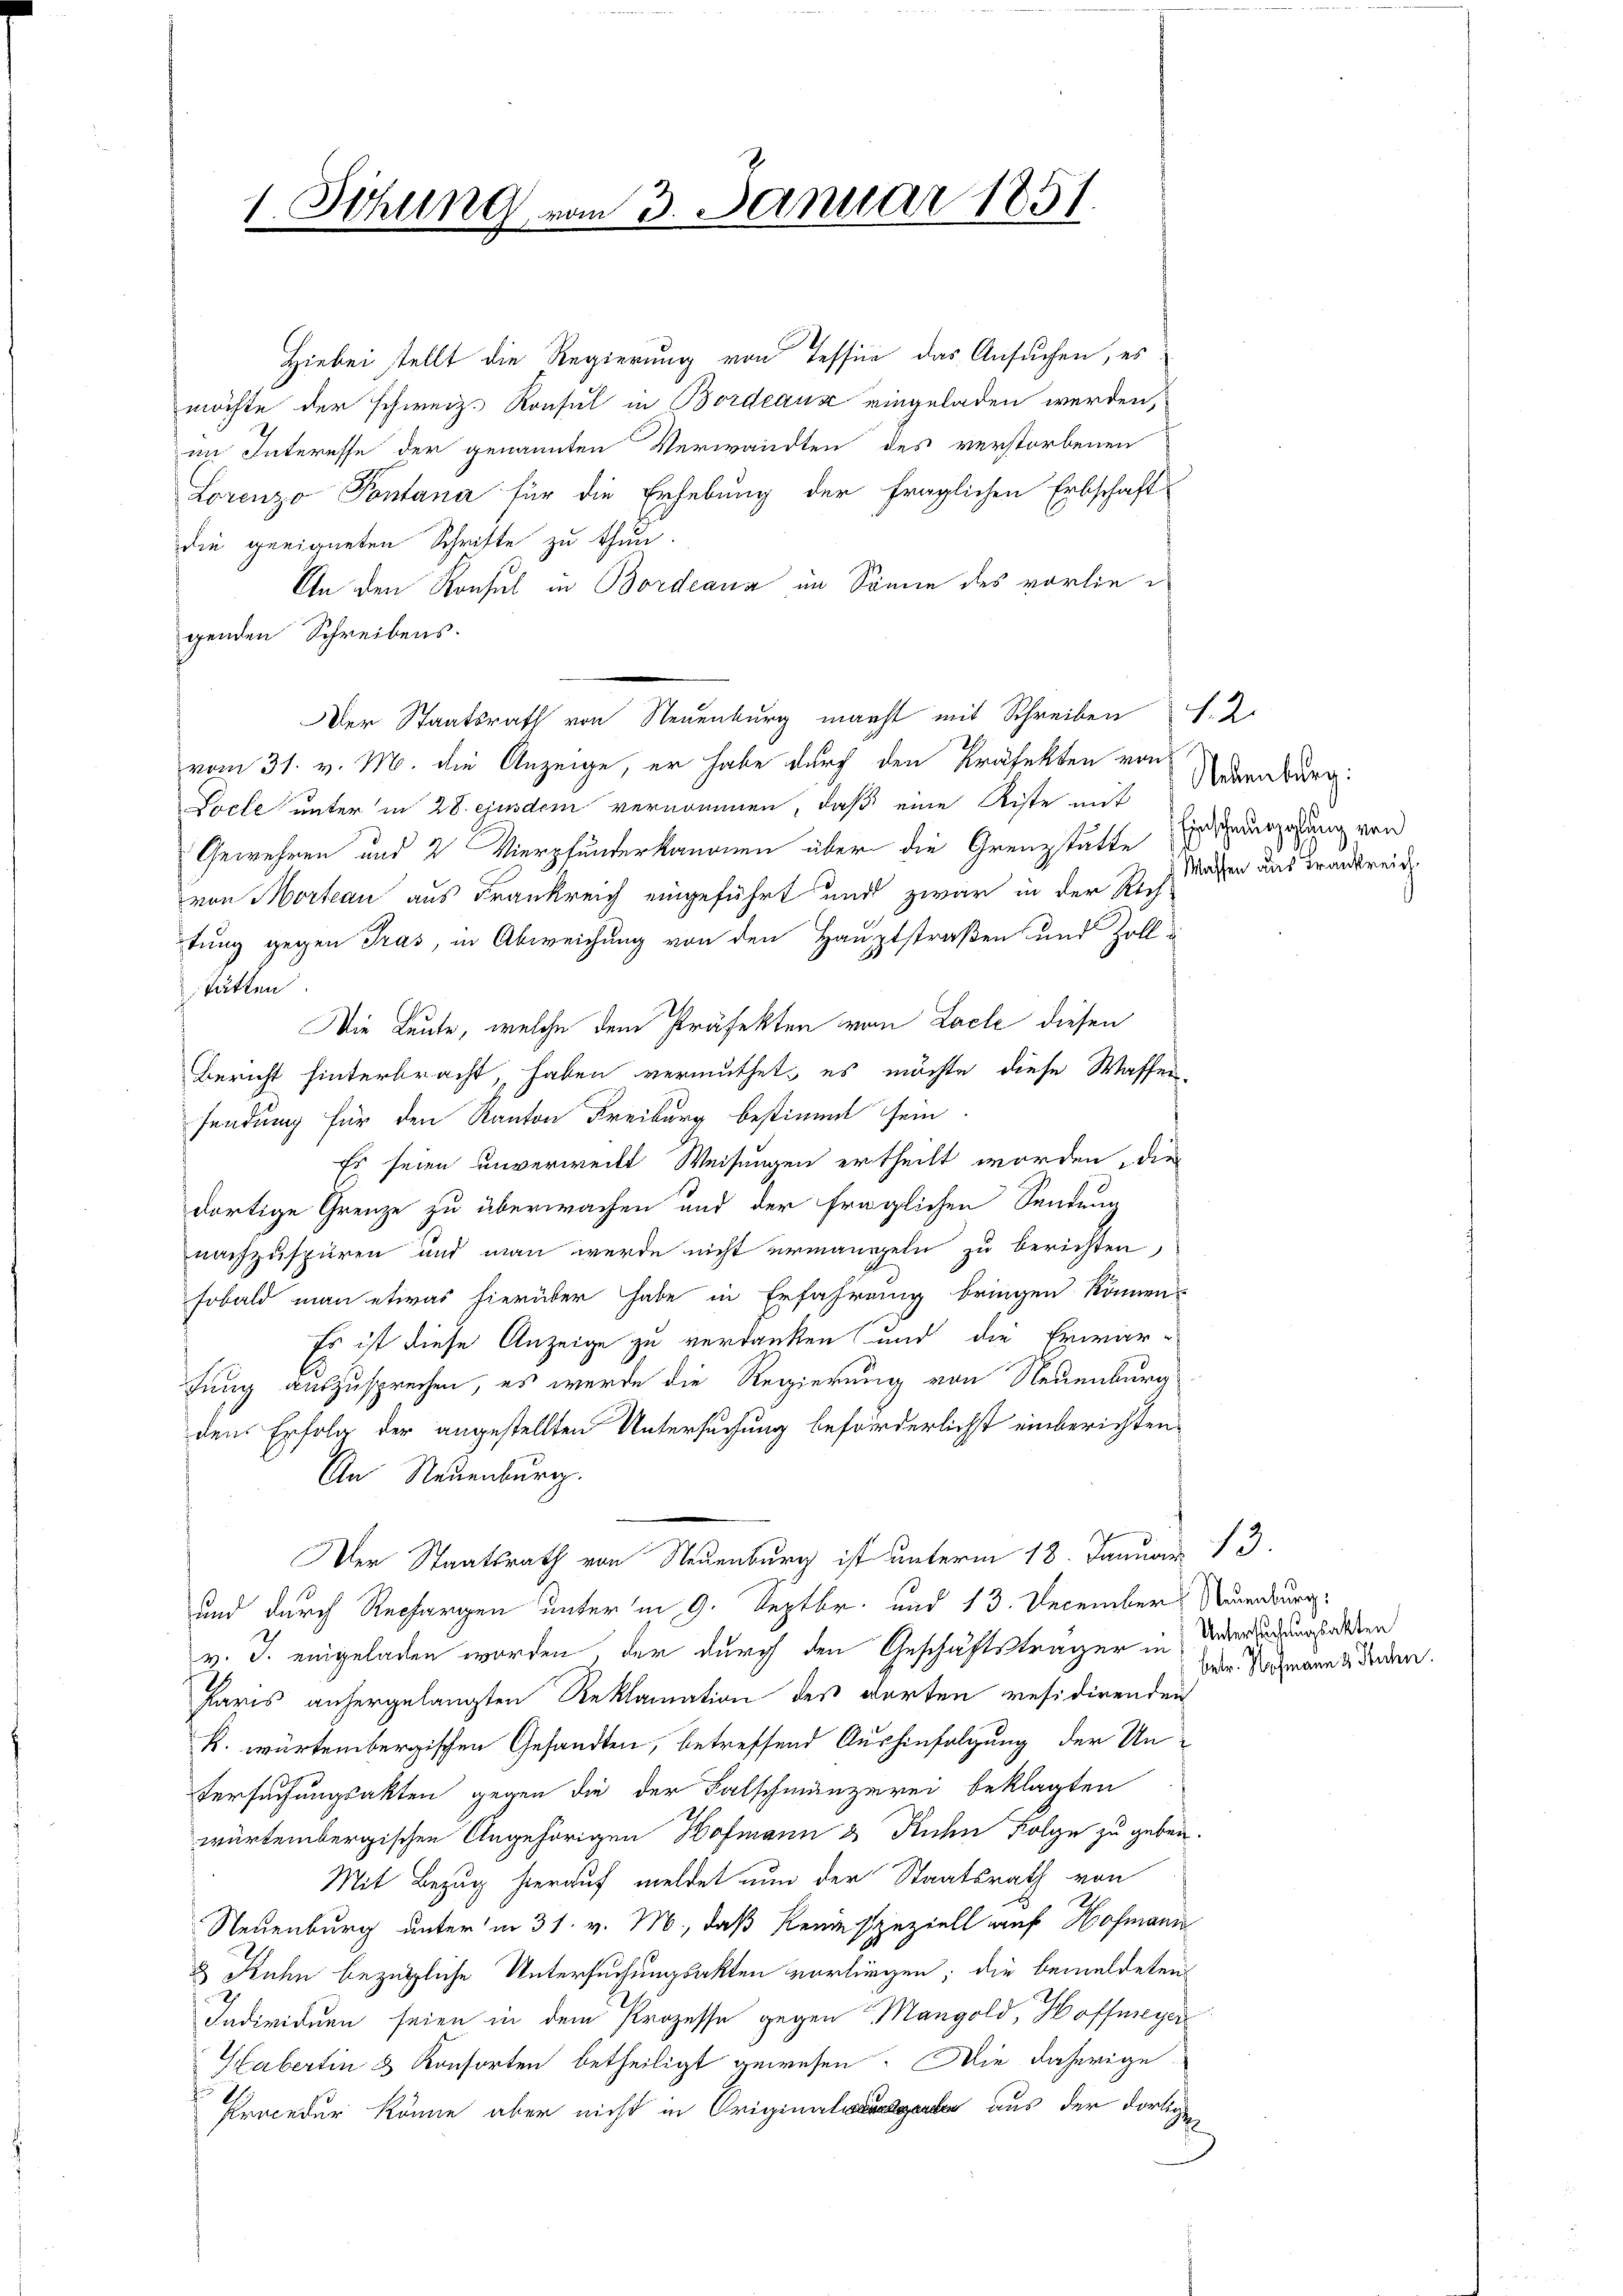
1. Sitzung vom 3. Januar 1851.

Hiebei stellt die Regierung von Tessine das Ansuchen, es
möchte der schweiz. Konsul in Bordeaux eingeladen werden,
im Interesse der genannten Verwandten des verstorbenen
Lorenzo Pontana für die Erhebung der fraglichen Erbschaft
die geeigneten Schrifte zu thun.
An den Konsul in Bordeana im Sonne des vorliegenden Schreibens.
Der Staatsrath von Neuenburg macht mit Schreiben S. 2
vom 31. v. M. die Anzeige, er habe durch den Präfekten von
Locle unter in 28. exindem vernommen, daß eine Riste mit
Gewehren und 2 Vierpfänderkanonen über die Grenzstätte Einsiederzahlung von
von Morteau aus Frankreich eingeführt und zwar in der Rich-
tung gegen Tras, in Abweichung von den Hauptstraßen und Zoll u
tätten.
Die Leute, welche dem Präfekten vom Lacle diesen
Bericht hinterbracht, haben vermuthet, es möchte diese Wassen,
sendung für den Kanton Freiburg bestimmt sein.
Es seien unverweilt Weisungen ertheilt worden, die
dortige Grenze zu überwachen und der fraglichen Sendung
nachzuspüren und man werde nicht ermangeln zu berichten,
sobald man etwas hierüber habe in Erfahrung bringen könnens
Es ist diese Anzeige zu verdanken und die Erwar-
tung auszusprechen, es werde die Regierung von Neuenburg
den Erfolg der angestellten Untersuchung beförderlichst einberichten.
An Neuenburg.
Der Staatsrath von Neuenburg ist unterm 18. Januar 13.
und durch Rechargen unterm 9. Septbr. und 13. December Neuenburg.
v. J. eingeladen worden, der durch den Geschäftsträger in Verladungsakten
Paris anhergelangten Reklamation des Worten residirenden
k. würtembergischen Gesandten, betreffend Aushinfolgung der Untersuchungsakten gegen die der Falschmänzerei beklagten
würtembergischen Angehörigen Hofmann & Ruden Folge zu geben.
Mit Bezug hierauf meldet nun der Staatsrath von
Neuenburg unter in 31. v. M., daß Reniesspeziell auf Hofmann
& Kuhn bezügliche Untersuchungsakten vorliegen; die bemeldeten
Individuen seien in dem Prozesse gegen Mangold, Hoffmeyer
Habertin & Konsorten betheiligt gewesen. Die daherige
Kreceder könne aber nicht in Original aus der dortigen

Neuenburg:
Massen aus Frankreich

betr. Hofmann 3 Stuchen.